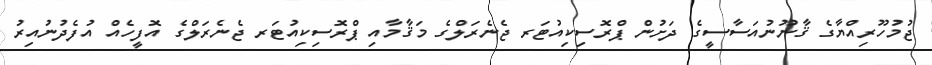
ޖުމުހޫރިއްޔާގެ ޤާނޫނުއަސާސީގެ ދަށުން ޕްރޮސިކިއުޓަރ ޖެނެރަލްގެ މަޤާމާއި ޕްރޮސިކިއުޓަރ ޖެނެރަލްގެ އޮފީހެއް އުފެދުނުއިރު